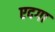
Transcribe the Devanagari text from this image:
एदगा